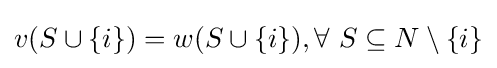
v(S\cup \{i\})=w(S\cup \{i\}),\forall ~S\subseteq N\setminus \{i\}